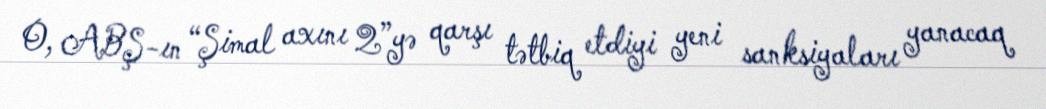
O, ABŞ-ın “Şimal axını 2”yə qarşı tətbiq etdiyi yeni sanksiyaları yanacaq